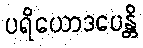
ပရိယောဒပေန္တိ